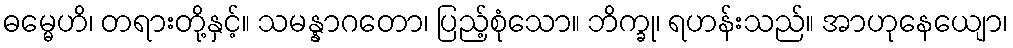
ဓမ္မေဟိ၊ တရားတို့နှင့်။ သမန္နာဂတော၊ ပြည့်စုံသော။ ဘိက္ခု၊ ရဟန်းသည်။ အာဟုနေယျော၊